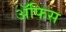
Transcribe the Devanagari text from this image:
ॲफिस